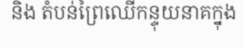
និង តំបន់ព្រៃឈើកន្ទុយនាគក្នុង